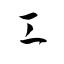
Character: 工